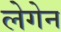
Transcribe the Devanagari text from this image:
लेगेन